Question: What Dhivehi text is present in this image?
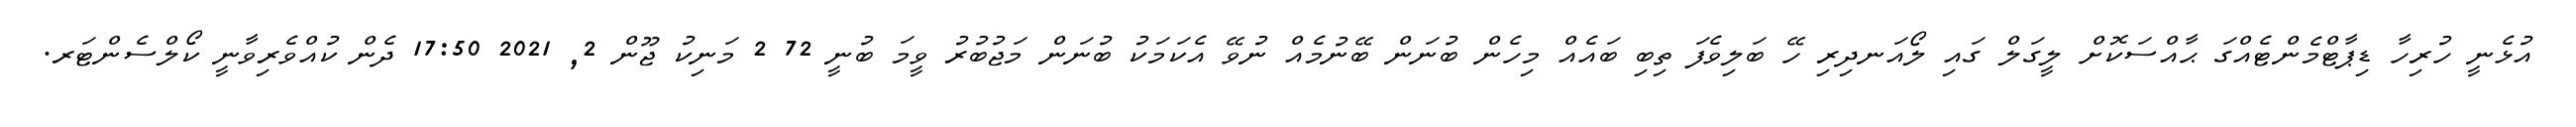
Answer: އުޅެނީ ހުރިހާ ޑިޕާޓްމެންޓެއްގަ ޙާއްސަކޮށް ލީގަލް ގައި ލޯއަނދިރި ހޭ ބަލިވެފަ ތިބި ބައެއް މިހެން ބުނަން ބޭނުމެއް ނުވޭ އެކަމަކު ބުނަން މަޖުބުރު ވީމަ ބުނީ 72 2 މަނިކު ޖޫން 2, 2021 17:50 ދެން ކުއްވެރިވާނީ ކޯލްސެންޓަރ.